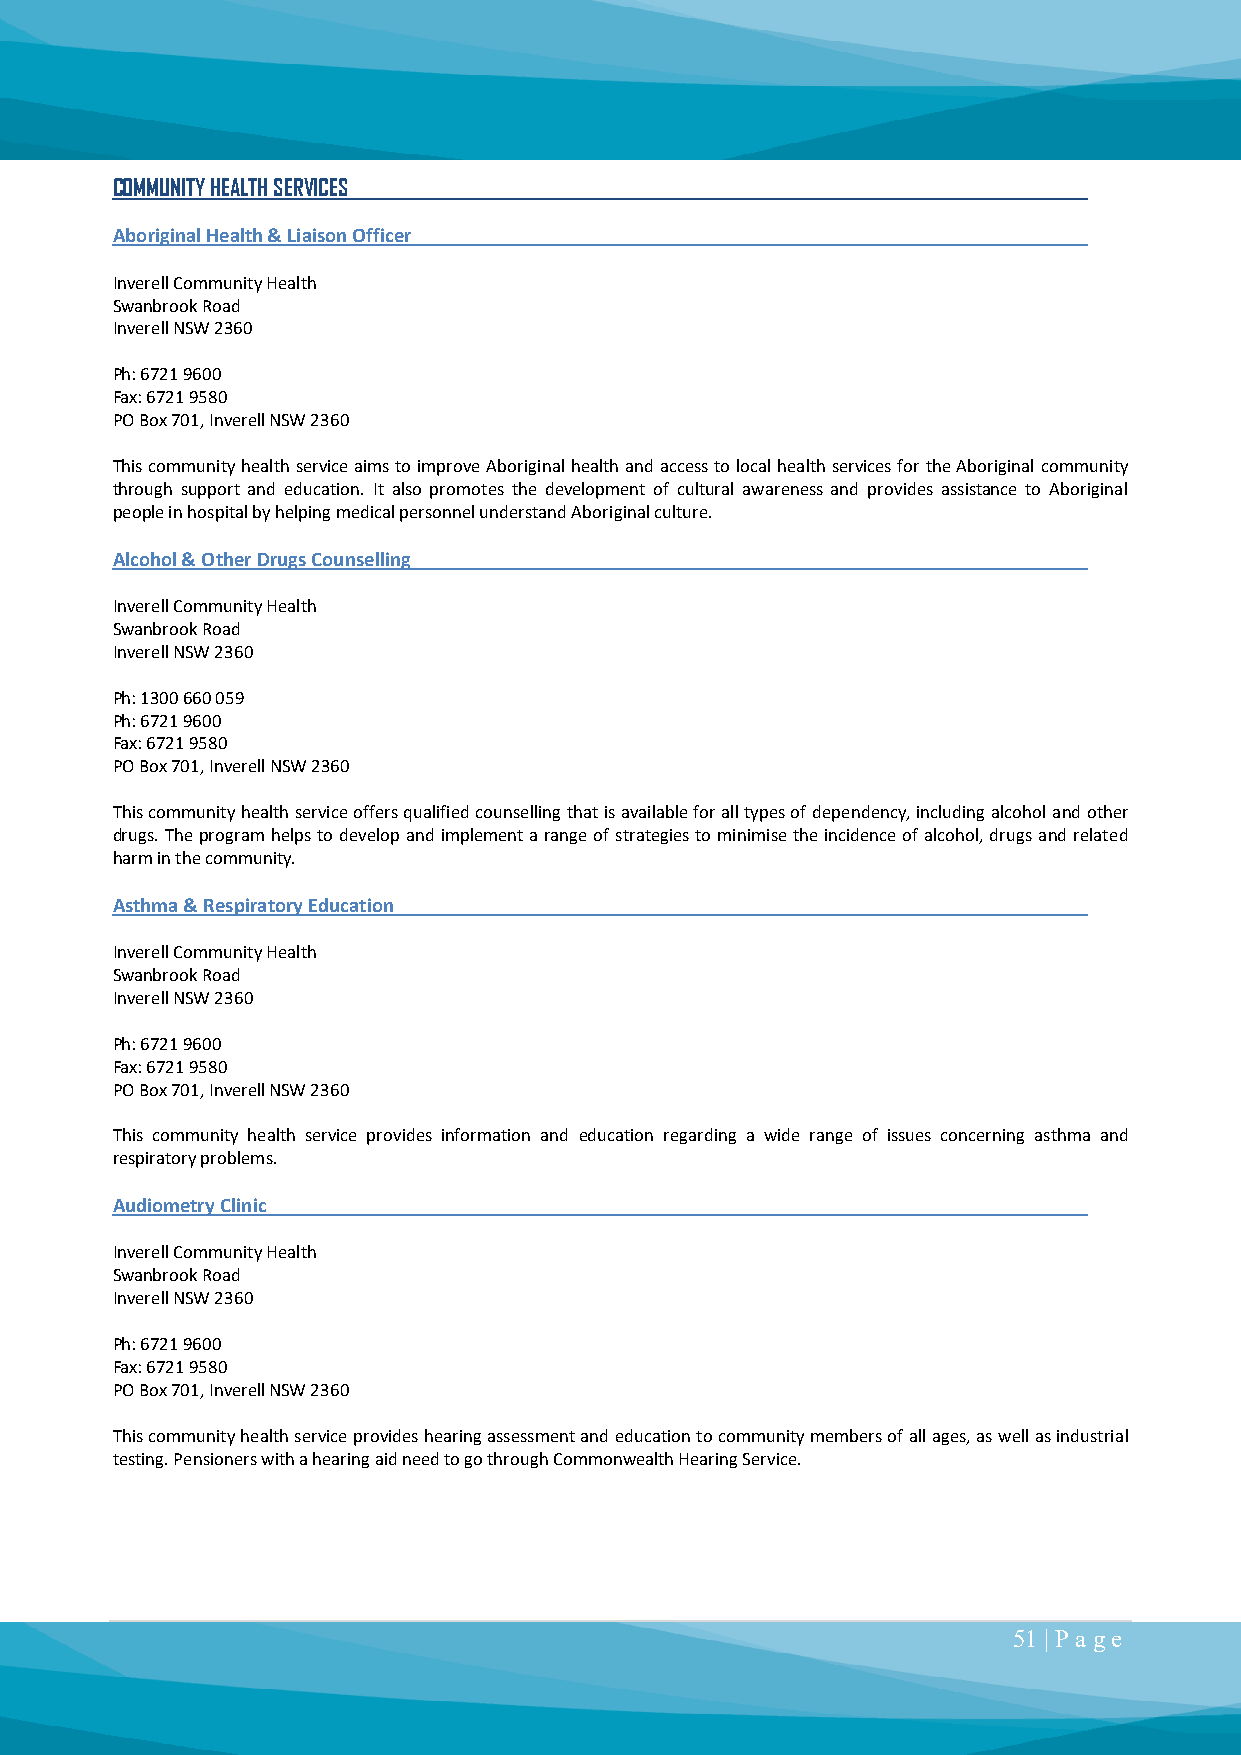
COMMUNITY HEALTH SERVICES
 Aboriginal Health & Liaison Officer
 Inverell Community Health
 Swanbrook Road
 Inverell NSW 2360
 Ph: 6721 9600
 Fax: 6721 9580
 PO Box 701, Inverell NSW 2360
 This community health service aims to improve Aboriginal health and access to local health services for the Aboriginal community
 through support and education. It also promotes the development of cultural awareness and provides assistance to Aboriginal
 people in hospital by helping medical personnel understand Aboriginal culture.
 Alcohol & Other Drugs Counselling
 Inverell Community Health
 Swanbrook Road
 Inverell NSW 2360
 Ph: 1300 660 059
 Ph: 6721 9600
 Fax: 6721 9580
 PO Box 701, Inverell NSW 2360
 This community health service offers qualified counselling that is available for all types of dependency, including alcohol and other
 drugs. The program helps to develop and implement a range of strategies to minimise the incidence of alcohol, drugs and related
 harm in the community.
 Asthma & Respiratory Education
 Inverell Community Health
 Swanbrook Road
 Inverell NSW 2360
 Ph: 6721 9600
 Fax: 6721 9580
 PO Box 701, Inverell NSW 2360
 This community health service provides information and education regarding a wide range of issues concerning asthma and
 respiratory problems.
 Audiometry Clinic
 Inverell Community Health
 Swanbrook Road
 Inverell NSW 2360
 Ph: 6721 9600
 Fax: 6721 9580
 PO Box 701, Inverell NSW 2360
 This community health service provides hearing assessment and education to community members of all ages, as well as industrial
 testing. Pensioners with a hearing aid need to go through Commonwealth Hearing Service.
 51 | P a ge